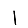
Digit: 1